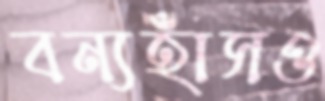
বন্যহাঁসও